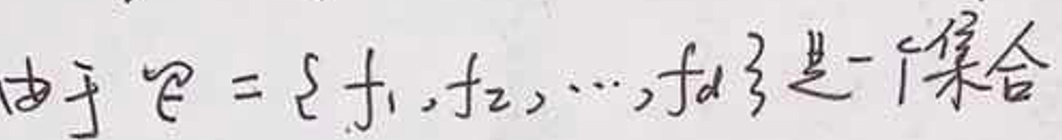
由于 $\mathcal{F}=\{f_1,f_2,\cdots,f_d\}$ 是一个集合